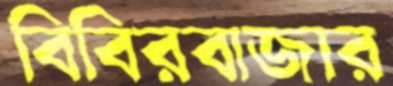
বিবিরবাজার